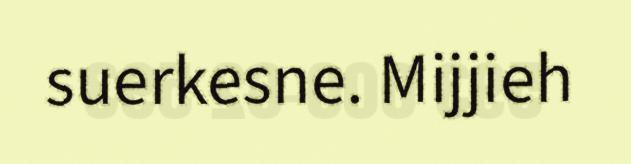
suerkesne. Mijjieh